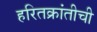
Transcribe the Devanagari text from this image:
हरितक्रांतीची